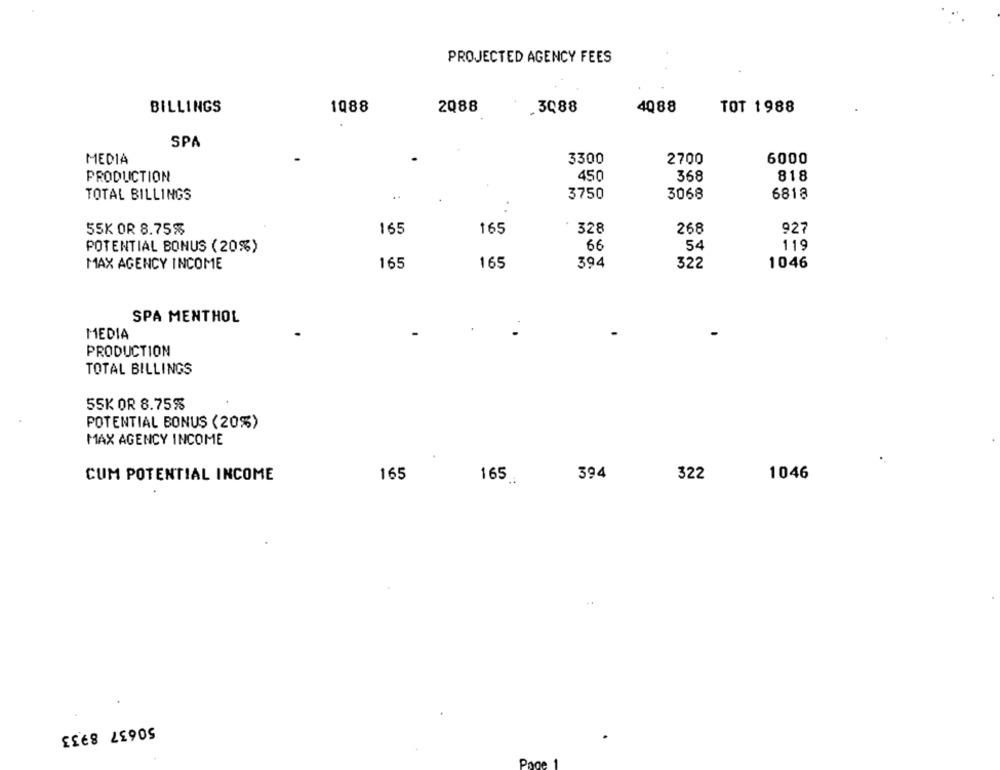
PROJECTED AGENCY FEES
BILLINGS
1088
2Q88
.3088
4088
TOT 1988
SPA
MEDIA
3300
2700
6000
PRODUCTION
450
368
818
TOTAL BILLINGS
..
3750
3068
6818
55K OR 8.75%
165
165
328
268
927
66
54
119
POTENTIAL BONUS (20%)
MAX AGENCY INCOME
165
165
394
322
1046
SPA MENTHOL
MEDIA
PRODUCTION
TOTAL BILLINGS
5SK OR 8.75%
POTENTIAL BONUS (20%)
MAX AGENCY INCOME
CUM POTENTIAL INCOME
165
394
322
1046
165.
50637 8933
Page